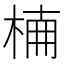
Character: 𣔎